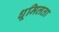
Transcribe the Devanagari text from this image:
धूमिलता